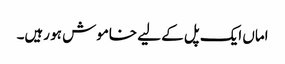
اماں ایک پل کے لیے خاموش ہو رہیں۔